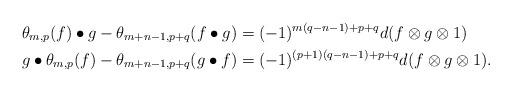
LaTeX: \begin{align*}\theta_{m,p}(f)\bullet g-\theta_{m+n-1,p+q}(f\bullet g)&=(-1)^{m(q-n-1)+p+q}d(f\otimes g\otimes 1)\\g\bullet \theta_{m,p}(f)-\theta_{m+n-1, p+q}(g\bullet f)&=(-1)^{(p+1)(q-n-1)+p+q} d(f\otimes g\otimes 1). \end{align*}